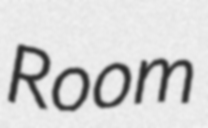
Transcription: Room